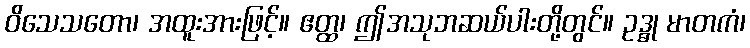
ဝိသေသတော၊ အထူးအားဖြင့်။ ဧတ္ထ၊ ဤအသုဘဆယ်ပါးတို့တွင်။ ဥဒ္ဓု မာတကံ၊